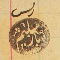
رىس سليم باز ١٨٨٣